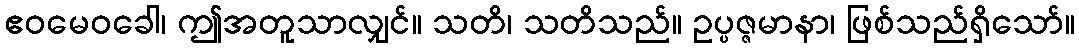
ဧဝမေဝခေါ၊ ဤအတူသာလျှင်။ သတိ၊ သတိသည်။ ဥပ္ပဇ္ဇမာနာ၊ ဖြစ်သည်ရှိသော်။